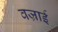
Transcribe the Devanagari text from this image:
वज्राई